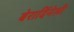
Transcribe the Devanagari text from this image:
बेरार्दिनेली